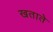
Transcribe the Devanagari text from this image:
खताते